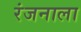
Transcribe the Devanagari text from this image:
रंजनाला